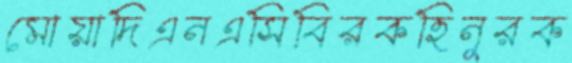
মোয়াদিএনএসিবিরকহিনূরক